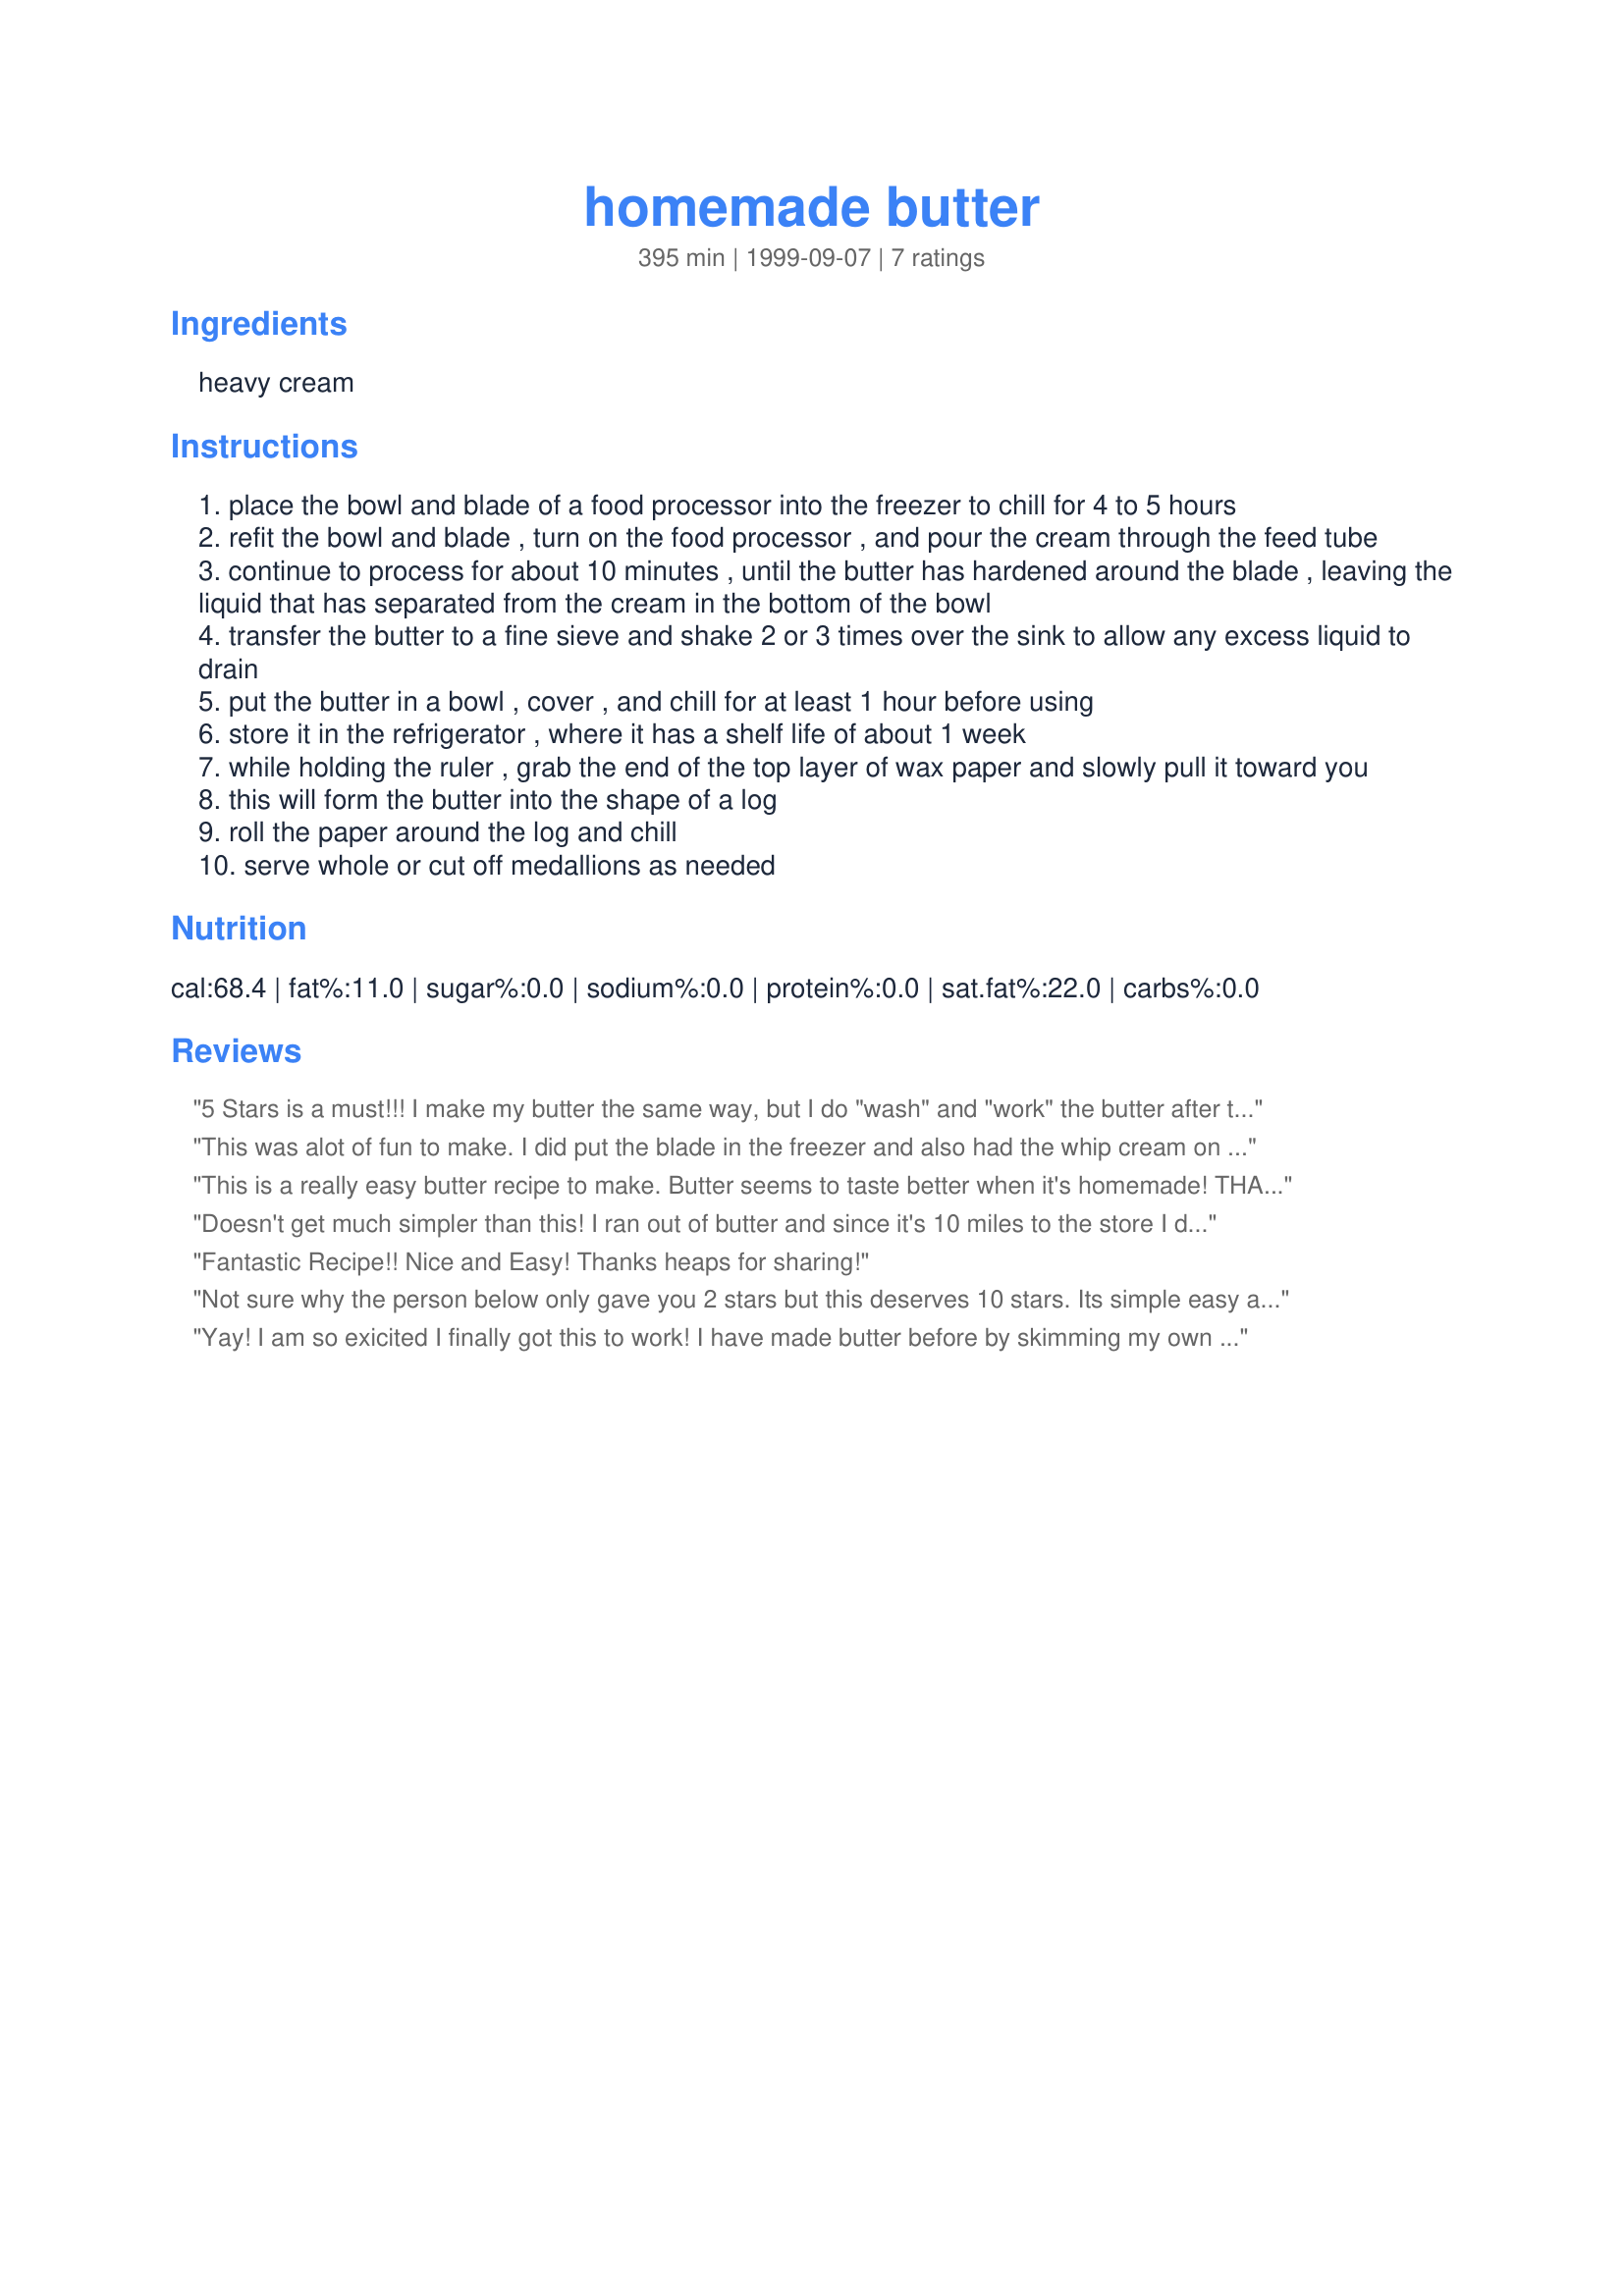
homemade butter
Preparation time: 395 minutes

Ingredients:
heavy cream

Steps:
place the bowl and blade of a food processor into the freezer to chill for 4 to 5 hours
refit the bowl and blade , turn on the food processor , and pour the cream through the feed tube
continue to process for about 10 minutes , until the butter has hardened around the blade , leaving the liquid that has separated from the cream in the bottom of the bowl
transfer the butter to a fine sieve and shake 2 or 3 times over the sink to allow any excess liquid to drain
put the butter in a bowl , cover , and chill for at least 1 hour before using
store it in the refrigerator , where it has a shelf life of about 1 week
while holding the ruler , grab the end of the top layer of wax paper and slowly pull it toward you
this will form the butter into the shape of a log
roll the paper around the log and chill
serve whole or cut off medallions as needed

Reviews:
5 Stars is a must!!! I make my butter the same way, but I do "wash" and "work" the butter after the separating process. I add salt during the working process. I do a quart of cream at a time and it yields about 50/50 ratio of butter and buttermilk. I let the buttermilk stand at room temperature for about 12 hours then refrigerate. Then the next morning make me some buttermilk biscuits and slather em up with some of that good ol butter. P.S. Save a little buttermilk and add it to the cream the next time and let it sit out for a few hours at room temp to add a little extra flavor to the butter taste much deeper and complex. Then start the process again.
This was alot of fun to make. I did put the blade in the freezer and also had the whip cream on ice for 20 minutes. I had some whip cream that needed to be used and couldnt think of a better idea. Thanks for sharing this recipe. Made for LIVE STRONG event in the cooking photo forum.
This is a really easy butter recipe to make. Butter seems to taste better when it's homemade! THANK YOU,
5++ STARS FROM ME
Doesn't get much simpler than this! I ran out of butter and since it's 10 miles to the store I didn't want to go for just butter so I made this up. I did add a little salt, but look forward to making it without for baking too. It's a great recipe to keep on hand everyone!
Fantastic Recipe!! Nice and Easy! Thanks heaps for sharing!
Not sure why the person below only gave you 2 stars but this deserves 10 stars. Its simple easy and tastes great. We did use our KitchenAid stand mixer instead of the food processor....We did chilled the bowl and whisk. Since the recipe basically consists of one ingredient(can add salt if desired, which we did do) we just poured the whole 1 quart contianer of (ultra pasteurized(sp?)) heavy whipping cream into the bowl and let the KtichenAid whisk away. We had butter in about 8-9 minutes and it tastes wonderful!
Yay! I am so exicited I finally got this to work! I have made butter before by skimming my own cream off of milk, but have never been able to get this to work. So, when I saw this recipe on this site, I thought I'd give it another shot. I too used my kitchen aid mixer, which if you have one, I would reccommend. Simply because when it turn into butter, it all collects into the wisk an you can lift the top up and let it drip dry for a couple minutes! The only thing I wasn't sure of was speed. What I learned was to use hi speed, but back it down a gear if it's splashing. When you start out it's a liquid. Start on speed 8 or it will spash. Once it takes on the whipping cream form, turn it on max. But stand by, because if your not there when the butter seperates from the liquid, it will go everywhere! So I slowly started backing it down! After I put it in the bowl, I use the back of a spoon and squeeze out any excess milk I can and then I quicKly run cold water over it to wash it clean. just some tips I picked up from a butter making sight! It's perfect and I am so happy to finally have this!! Thank You! 8-)
